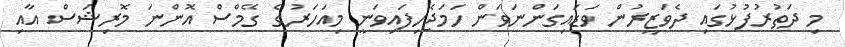
މި ދަތުރުފުޅުގައި ދެވަޒީރުން ވަޑައިގަންނަވަން ހަމަޖެހިފައިވަނީ މިއަހަރުގެ ގޭމްސް އޮންނަ މޮރިޝަސް އާއި